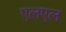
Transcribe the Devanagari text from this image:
एलएल